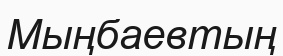
Мыңбаевтың